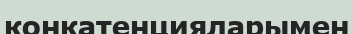
конкатенцияларымен